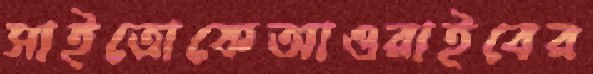
সাইতোকেআওরাইবের